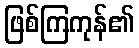
ဖြစ်ကြကုန်၏